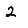
Digit: 2